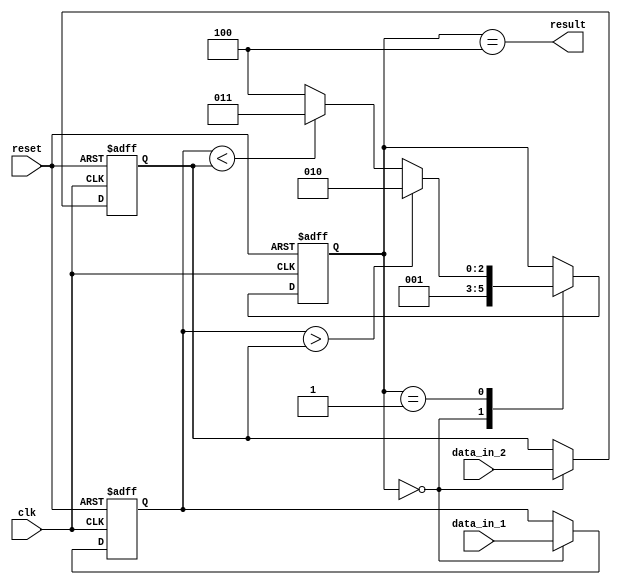
module Serial_comparator (
    input wire clk,
    input wire reset,
    input wire [7:0] data_in_1,
    input wire [7:0] data_in_2,
    output wire result
);

reg [2:0] state;
reg [7:0] shift_reg_1, shift_reg_2;

always @(posedge clk or posedge reset)
begin
    if (reset) begin
        state <= 3'b000;
        shift_reg_1 <= 8'b0;
        shift_reg_2 <= 8'b0;
    end else begin
        case (state)
            3'b000: begin
                shift_reg_1 <= data_in_1;
                shift_reg_2 <= data_in_2;
                state <= 3'b001;
            end
            3'b001: begin
                if (shift_reg_1 > shift_reg_2)
                    state <= 3'b010;
                else if (shift_reg_1 < shift_reg_2)
                    state <= 3'b011;
                else
                    state <= 3'b100;
            end
        endcase
    end
end

assign result = (state == 3'b100);

endmodule